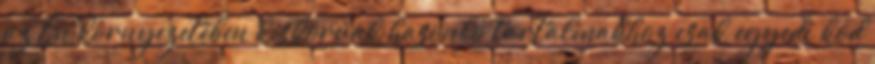
az Ön környezetében kiskorúak hasonló tartalmakhoz csak egyedi kód